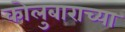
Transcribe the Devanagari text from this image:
कोलुबाराच्या